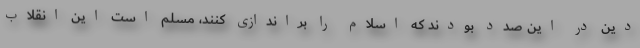
دین در این صدد بودند که اسلام را براندازی کنند، مسلم است این انقلاب